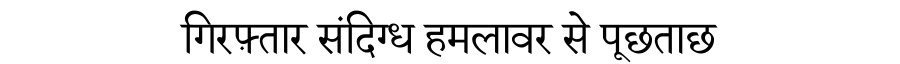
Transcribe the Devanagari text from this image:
गिरफ़्तार संदिग्ध हमलावर से पूछताछ